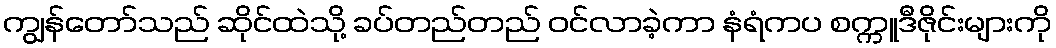
ကျွန်တော်သည် ဆိုင်ထဲသို့ ခပ်တည်တည် ဝင်လာခဲ့ကာ နံရံကပ စက္ကူဒီဇိုင်းများကို